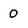
Character: 0